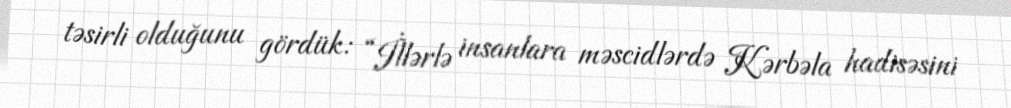
təsirli olduğunu gördük: “İllərlə insanlara məscidlərdə Kərbəla hadisəsini